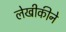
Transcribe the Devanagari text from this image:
लेखीकीने